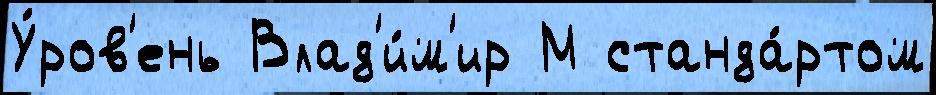
У́ров'ень Влад'и́м'ир М станда́ртом